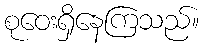
စုဝေးရှိနေကြသည်။